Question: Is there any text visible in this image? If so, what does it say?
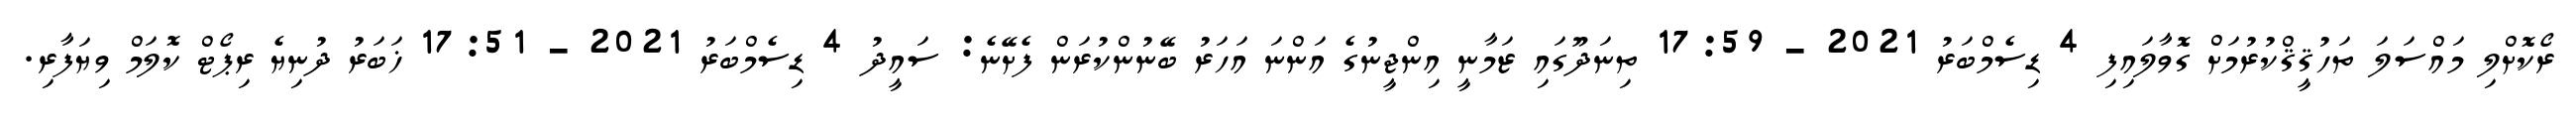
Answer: ރޯކޮށްލި މައްސަލަ ތަހުޤީޤްކުރުމަށް ގޮވާލައިފި 4 ޑިސެމްބަރު 2021 - 17:59 ތިނަދޫގައި ޒަމާނީ އިންޖީނުގެ އަންނަ އަހަރު ބޭނުންކުރަން ފެށޭނެ: ސައީދު 4 ޑިސެމްބަރު 2021 - 17:51 ޚަބަރު ދުނިޔެ ރިޕޯޓް ކޮލަމް ވިޔަފާރި.